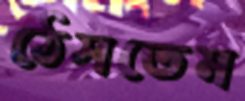
ঠেসতেম